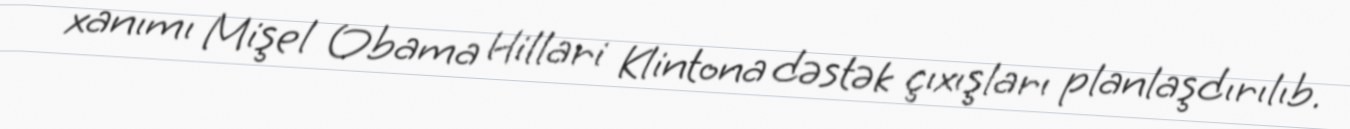
xanımı Mişel Obama Hillari Klintona dəstək çıxışları planlaşdırılıb.